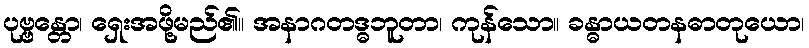
ပုဗ္ဗန္တော၊ ရှေးအဖို့မည်၏။ အနာဂတဒ္ဓဘူတာ၊ ကုန်သော။ ခန္ဓာယတနဓာတုယော၊